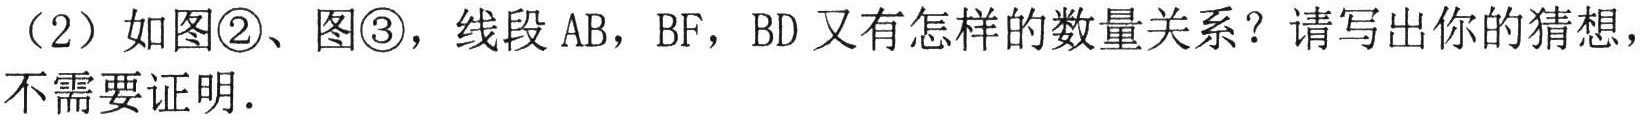
（2）如图\textcircled{2}、图\textcircled{3}，线段\(AB\)，\(BF\)，\(BD\)又有怎样的数量关系？请写出你的猜想，不需要证明.